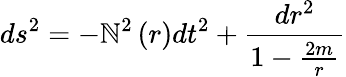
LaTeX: ds^{2}=-\mathbb{N}^{2}\left(r\right)dt^{2}+\frac{{dr^{2}}}{{1-\frac{{2m}}{{r}}}}